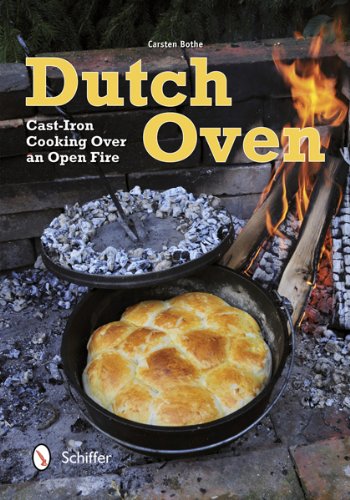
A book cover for Dutch Oven: Cast-Iron Cooking over an Open Fire; Carsten Bothe; Cookbooks, Food & Wine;